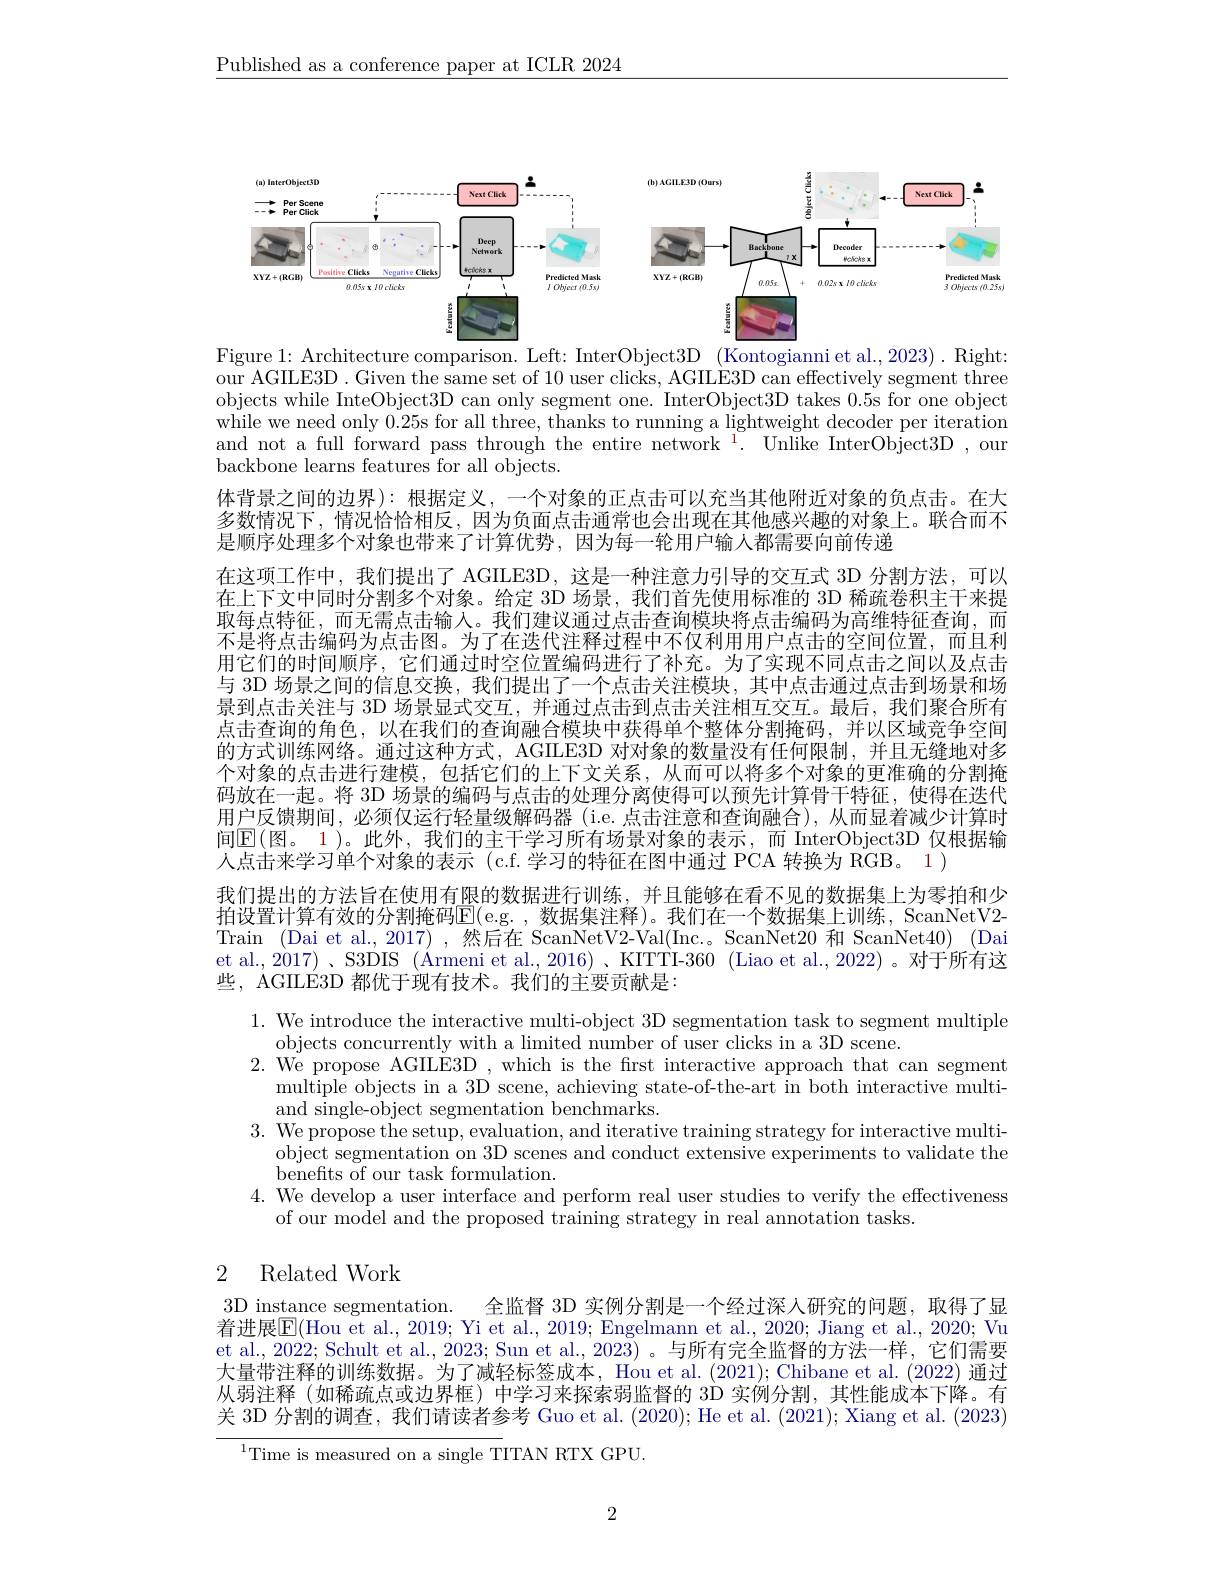
$\underline{\text{Published as a conference paper at ICLR 2024}}$

<FigureHere>
Figure 1: Architecture comparison. Left: InterObject3D (Kontogianni et al.,2023). Right:

our AGILE3D . Given the same set of 10 user clicks, AGILE3D can effectively segment three objects while InteObject3D can only segment one. InterObject3D takes 0.5s for one object while we need only 0.25s for all three, thanks to running a lightweight decoder per iteration and not a full forward pass through the entire network $^1.$ Unlike InterObject3D , our backbone learns features for all objects.
体背景之间的边界):根据定义，一个对象的正点击可以充当其他附近对象的负点击。在大多数情况下，情况恰恰相反，因为负面点击通常也会出现在其他感兴趣的对象上。联合而不是顺序处理多个对象也带来了计算优势，因为每一轮用户输人都需要向前传递
在这项工作中，我们提出了 AGILE3D, 这是一种注意力引导的交互式 3D 分割方法，可以在上下文中同时分割多个对象。给定 3D 场景，我们首先使用标准的 3D 稀疏卷积主干来提取每点特征，而无需点击输人。我们建议通过点击查询模块将点击编码为高维特征查询，而不是将点击编码为点击图。为了在迭代注释过程中不仅利用用户点击的空间位置，而且利用它们的时间顺序，它们通过时空位置编码进行了补充。为了实现不同点击之间以及点击与 3D 场景之间的信息交换，我们提出了一个点击关注模块，其中点击通过点击到场景和场景到点击关注与 3D 场景显式交互，并通过点击到点击关注相互交互。最后，我们聚合所有点击查询的角色，以在我们的查询融合模块中获得单个整体分割掩码，并以区域竞争空间的方式训练网络。通过这种方式，AGILE3D 对对象的数量没有任何限制，并且无缝地对多个对象的点击进行建模，包括它们的上下文关系，从而可以将多个对象的更准确的分割掩码放在一起。将 3D 场景的编码与点击的处理分离使得可以预先计算骨干特征，使得在迭代用户反馈期间，必须仅运行轻量级解码器(i.e.点击注意和查询融合),从而显着减少计算时间$\mathbb{E}($图。1)。此外，我们的主干学习所有场景对象的表示，而 InterObject3D 仅根据输人点击来学习单个对象的表示 (c.f.学习的特征在图中通过 PCA 转换为 RGB。1 )
我们提出的方法旨在使用有限的数据进行训练，并且能够在看不见的数据集上为零拍和少拍 设 置 计 算 有 效 的 分 割 掩 码 $\mathbb{E} ($e. g. , 数 据 集 注 释 ) 。我 们 在 一 个 数 据 集 上 训 练 , ScanNetV2- forsen forsen forsen forsen forsen forsen forsen forsen forsen foresen forsen forsen forsen foresen foresen foresen foresen Train (Dai et al., 2017) ,然后在 ScanNetV2-Val(Inc.. ScanNet20 和 ScanNet40) (Dai et al., 2017)、S3DIS (Armeni et al., 2016)、KITTI-360 (Liao et al., 2022)。对于所有这些，AGIILE3D 都优于现有技术。我们的主要贡献是：
1. We introduce the interactive multi-object 3D segmentation task to segment multiple
objects concurrently with a limited number of user clicks in a 3D scene.
2. We propose AGILE3D , which is the first interactive approach that can segment
multiple objects in a 3D scene, achieving state-of-the-art in both interactive multi-
and single-object segmentation benchmarks.
3. We propose the setup, evaluation, and iterative training strategy for interactive multi-
object segmentation on 3D scenes and conduct extensive experiments to validate the
benefts of our task formulation
4. We develop a user interface and perform real user studies to verify the effectiveness
of our model and the proposed training strategy in real annotation tasks.

## 2 Related Work

3D instance segmentation.
全监督 3D 实例分割是一个经过深人研究的问题，取得了显
着进展$\overline{\mathrm{E}}($Hou et al., 2019; Yi et al., 2019; Engelmann et al., 2020; Jiang et al., 2020; Vu et al., 2022; Schult et al., 2023; Sun et al., 2023) 。与所有完全监督的方法一样，它们需要大量带注释的训练数据。为了减轻标签成本，Hou et al. (2021); Chibane et al. (2022) 通过从弱注释 (如稀疏点或边界框) 中学习来探索弱监督的 3D 实例分割，其性能成本下降。有关 3D 分割的调查，我们请读者参考 Guo et al. (2020); He et al. (2021); Xiang et al. (2023)
$^{1}$Time is measured on a single TITAN RTX GPU.

2